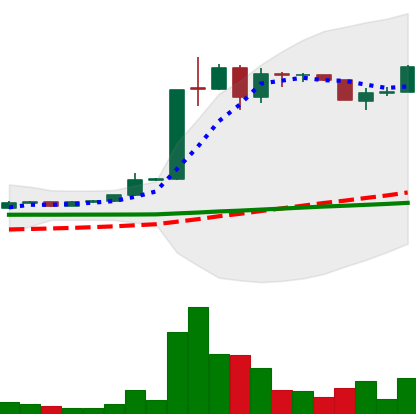
Ticker: LTC-USD
Chart end date: 2015-06-27
Forward return: 31.007%
Label: up_7plus